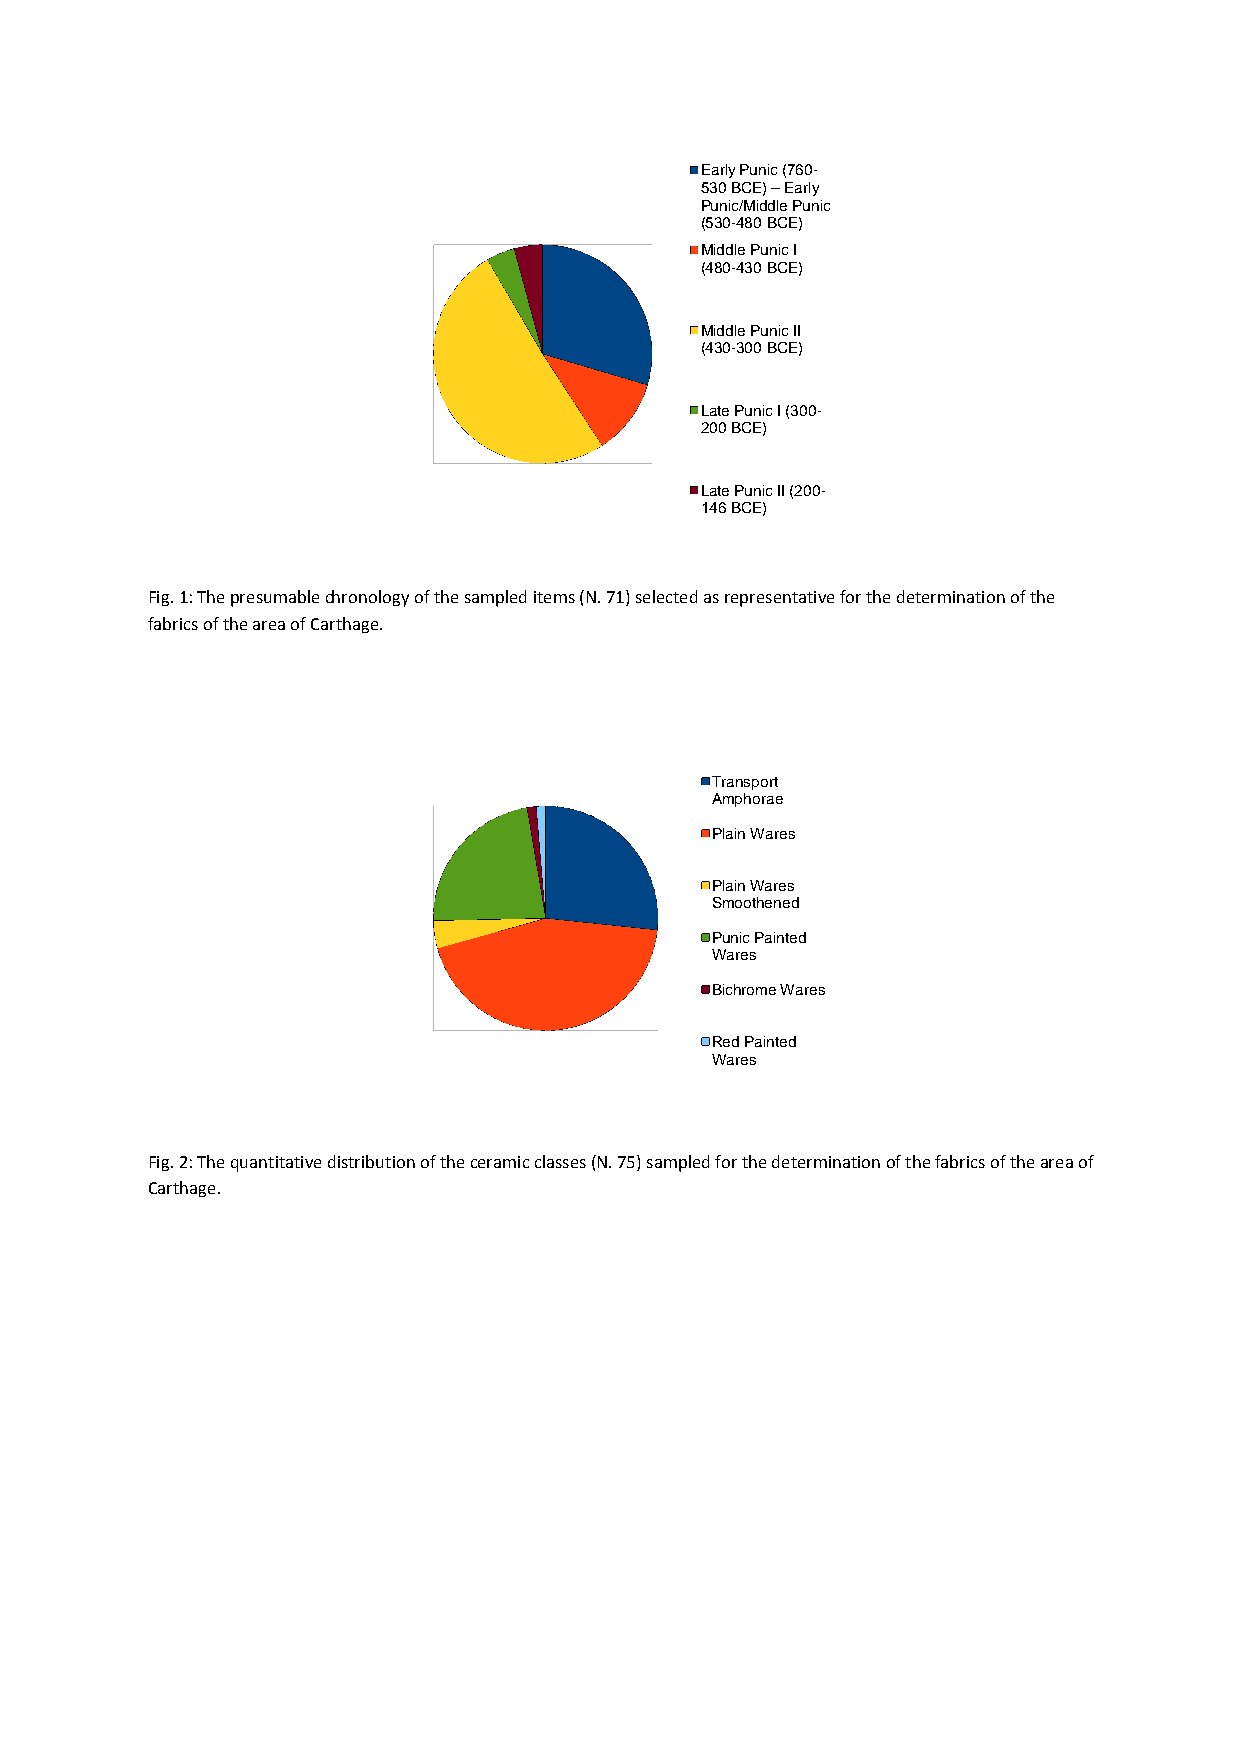
Early Punic (760-
 530 BCE) –Early
 Punic/Middle Punic
 (530-480 BCE)
 Middle Punic I
 (480-430 BCE)
 Middle Punic II
 (430-300 BCE)
 Late Punic I (300-
 200 BCE)
 Late Punic II (200-
 146 BCE)
 Fig. 1: The presumable chronology of the sampled items (N. 71) selected as representative for the determination of the
 fabrics of the area of Carthage.
 Transport
 Amphorae
 Plain Wares
 Plain Wares
 Smoothened
 Punic Painted
 Wares
 Bichrome Wares
 Red Painted
 Wares
 Fig. 2: The quantitative distribution of the ceramic classes (N. 75) sampled for the determination of the fabrics of the area of
 Carthage.